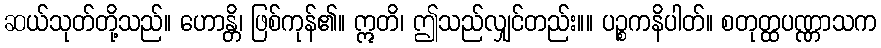
ဆယ်သုတ်တို့သည်။ ဟောန္တိ၊ ဖြစ်ကုန်၏။ ဣတိ၊ ဤသည်လျှင်တည်း။။ ပဉ္စကနိပါတ်။ စတုတ္ထပဏ္ဏာသက